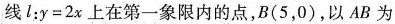
线$$l : y = 2 x$$上在第一象限内的点，B(5,0)，以AB为